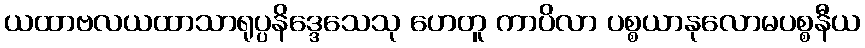
ယထာဗလယထာသာရုပ္ပနိဒ္ဒေသေသု ဟေတူ ကာပိလာ ပစ္စယာနုလောမပစ္စနီယ